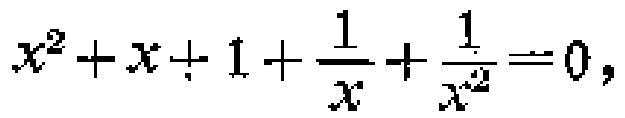
\(x^{2}+x + 1+\frac{1}{x}+\frac{1}{x^{2}} = 0\)